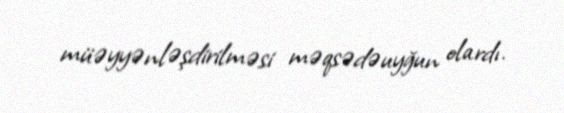
müəyyənləşdirilməsi məqsədəuyğun olardı.